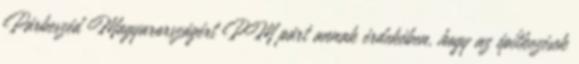
Párbeszéd Magyarországért PM párt annak érdekében, hogy az építkezések